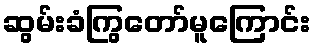
ဆွမ်းခံကြွတော်မူကြောင်း